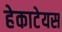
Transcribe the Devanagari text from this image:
हेकाटेयस